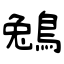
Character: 鵵